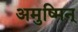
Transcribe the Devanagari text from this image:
अमुष्मिन्